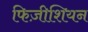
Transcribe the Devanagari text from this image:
फिज़ीशियन